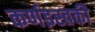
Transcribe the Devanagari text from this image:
कर्णइस्तकी